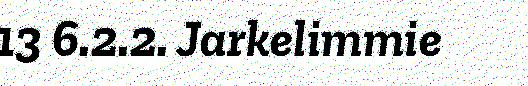
13 6.2.2. Jarkelimmie